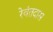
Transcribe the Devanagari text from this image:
रेवंतदास